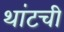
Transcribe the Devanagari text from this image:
थांटची